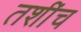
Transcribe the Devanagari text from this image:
तशींच